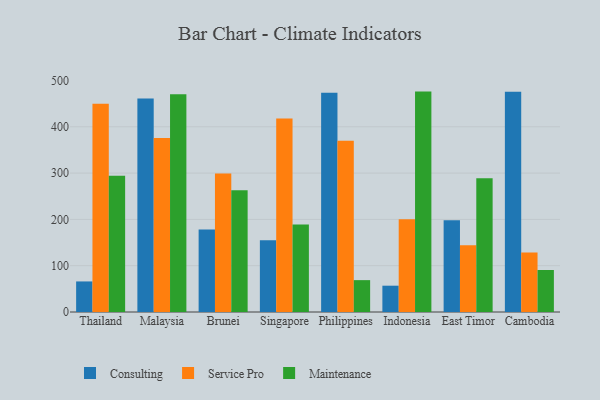
{"axis": {"x": "Country", "y": "LTV (USD)"}, "legend": ["Consulting", "Maintenance", "Service Pro"], "data": [{"x": "Thailand", "y": 66.0, "type": "Consulting"}, {"x": "Thailand", "y": 450.0, "type": "Service Pro"}, {"x": "Thailand", "y": 294.0, "type": "Maintenance"}, {"x": "Malaysia", "y": 460.9, "type": "Consulting"}, {"x": "Malaysia", "y": 376.0, "type": "Service Pro"}, {"x": "Malaysia", "y": 470.1, "type": "Maintenance"}, {"x": "Brunei", "y": 178.3, "type": "Consulting"}, {"x": "Brunei", "y": 299.3, "type": "Service Pro"}, {"x": "Brunei", "y": 262.7, "type": "Maintenance"}, {"x": "Singapore", "y": 155.0, "type": "Consulting"}, {"x": "Singapore", "y": 417.8, "type": "Service Pro"}, {"x": "Singapore", "y": 189.0, "type": "Maintenance"}, {"x": "Philippines", "y": 473.3, "type": "Consulting"}, {"x": "Philippines", "y": 370.1, "type": "Service Pro"}, {"x": "Philippines", "y": 68.8, "type": "Maintenance"}, {"x": "Indonesia", "y": 56.8, "type": "Consulting"}, {"x": "Indonesia", "y": 200.2, "type": "Service Pro"}, {"x": "Indonesia", "y": 476.0, "type": "Maintenance"}, {"x": "East Timor", "y": 198.1, "type": "Consulting"}, {"x": "East Timor", "y": 144.3, "type": "Service Pro"}, {"x": "East Timor", "y": 288.7, "type": "Maintenance"}, {"x": "Cambodia", "y": 475.5, "type": "Consulting"}, {"x": "Cambodia", "y": 128.4, "type": "Service Pro"}, {"x": "Cambodia", "y": 90.7, "type": "Maintenance"}]}